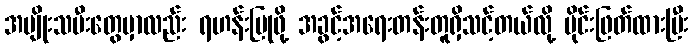
အမျိုးသမီးတွေမှာလည်း ရဟန်းပြုဖို့ အခွင့်အရေးတန်းတူရှိသင့်တယ်လို့ ပိုင်းဖြတ်ထားပြီး